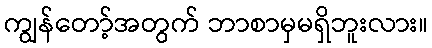
ကျွန်တော့်အတွက် ဘာစာမှမရှိဘူးလား။